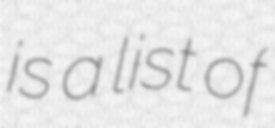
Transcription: is a list of